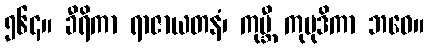
၅၆၄။ ခီရိကာ ရာဇာယတနံ၊ ကုမ္ဘီ ကုမုဒိကာ ဘဝေ။